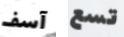
آسف تسع